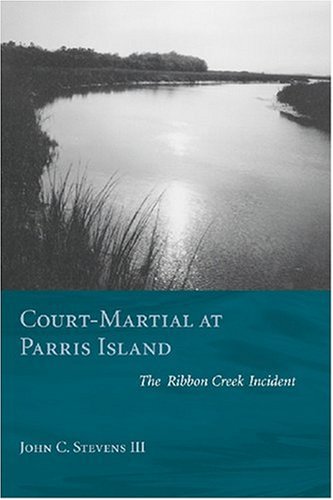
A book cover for Court-Martial at Parris Island: The Ribbon Creek Incident; John C. III Stevens; Law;